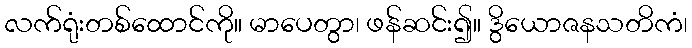
လက်ရုံးတစ်ထောင်ကို။ မာပေတွာ၊ ဖန်ဆင်း၍။ ဒွိယောဇနသတိကံ၊